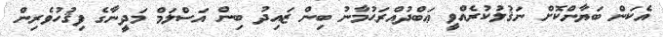
އެކަން ބަޔާންކޮށް ނަޤުލުކުރެއްވީ ޢަބްދުއްރަޙުމާނު ބިން ޒައިދު ބިން އަސްލަމް މަދީނާގެ ފިޤުހުވެރިން